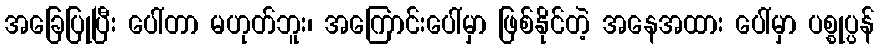
အခြေပြုပြီး ပေါ်တာ မဟုတ်ဘူး၊ အကြောင်းပေါ်မှာ ဖြစ်နိုင်တဲ့ အနေအထား ပေါ်မှာ ပစ္စုပ္ပန်